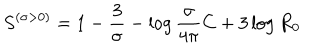
S ^ { \left( { \sigma > 0 } \right) } = 1 - { \frac { 3 } { \sigma } } - \log { \frac { \sigma } { 4 \pi } } C + 3 \log R _ { 0 }